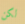
لكن